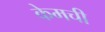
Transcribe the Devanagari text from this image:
केमची